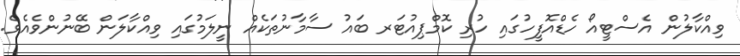
ވިއްކާލުން އެސްޓީއޯ ހެޑްއޮފީހުގައި ހުރި ކޮމްޕިއުޓަރ ބައު ސާމާނުތަކެއް ނީލަމުގައި ވިއްކާލަން ބޭނުންވެއެވެ.